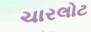
ચારલોટ